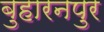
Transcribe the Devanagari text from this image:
बुहारनपुर